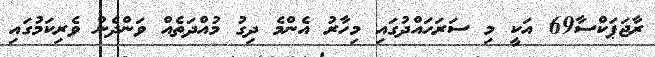
ރާޖަޕަކްސާ69 އަކީ މި ސަރަހައްދުގައި މިހާރު އެންމެ ދިގު މުއްދަތެއް ވަންދެން ވެރިކަމުގައި